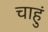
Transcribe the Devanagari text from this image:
चाहुं